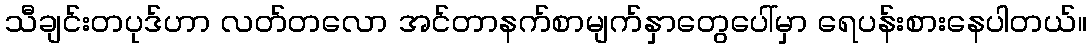
သီချင်းတပုဒ်ဟာ လတ်တလော အင်တာနက်စာမျက်နှာတွေပေါ်မှာ ရေပန်းစားနေပါတယ်။